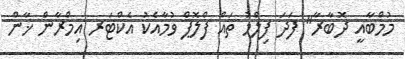
މުމްބާއީ ދޮބާރާ" ފަދަ ފިލްމު ތައް ފްލޮޕް ވުމާއެކު އެކްޓަރ އިމްރާން ޚާން